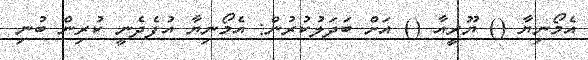
އެމޯނިޔާ () ޔޫރީއާ () އަށް ބަދަލުކުރުން: އެމޯނިޔާ އުފެދެނީ ކުރިން ބުނި